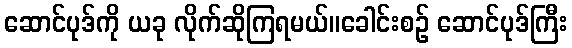
ဆောင်ပုဒ်ကို ယခု လိုက်ဆိုကြရမယ်။ခေါင်းစဉ် ဆောင်ပုဒ်ကြီး